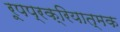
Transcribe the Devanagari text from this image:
रूपप्रक्रियात्मक